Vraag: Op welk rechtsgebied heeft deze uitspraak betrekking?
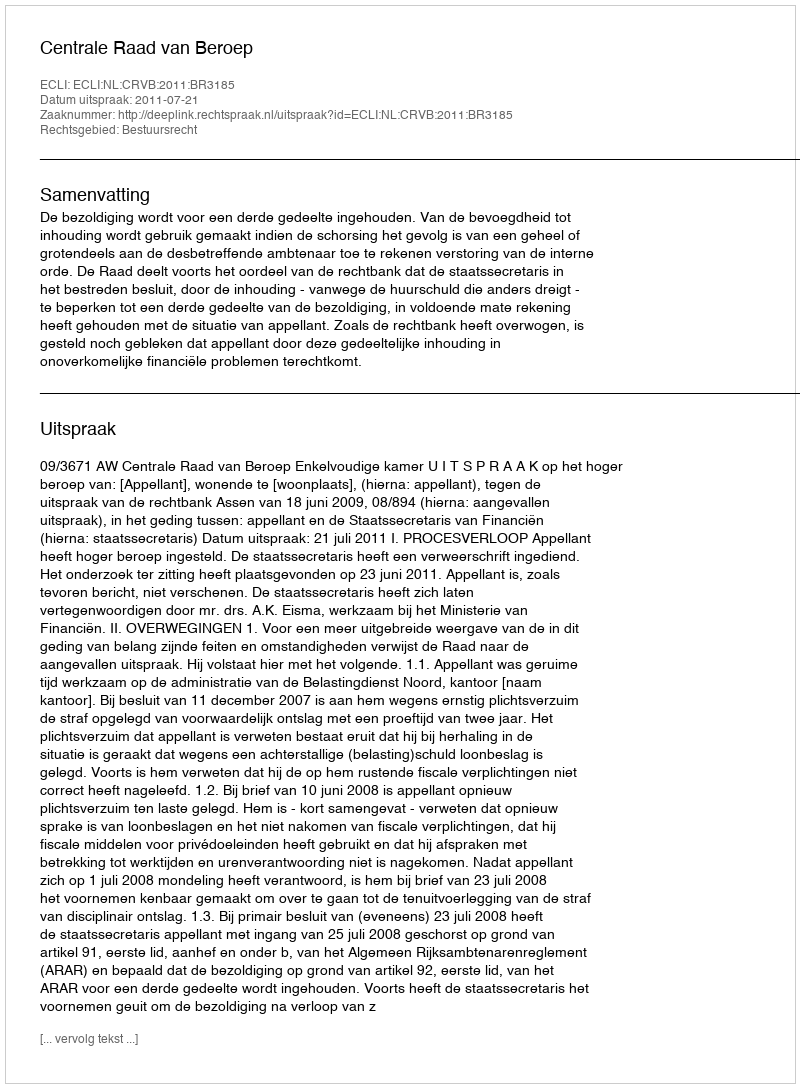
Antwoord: Bestuursrecht